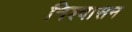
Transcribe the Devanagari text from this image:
निश्वासन